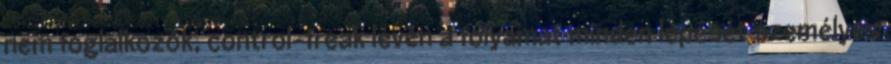
nem foglalkozok, control-freak lévén a folyamat minden lépését személyes